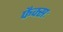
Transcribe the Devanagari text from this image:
फैक्सः